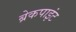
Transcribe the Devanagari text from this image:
ब्रेकपाइंट